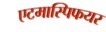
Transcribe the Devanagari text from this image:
एटमास्पिफयर